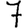
Digit: 7